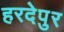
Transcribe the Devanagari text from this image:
हरदेपुर